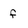
Character: f